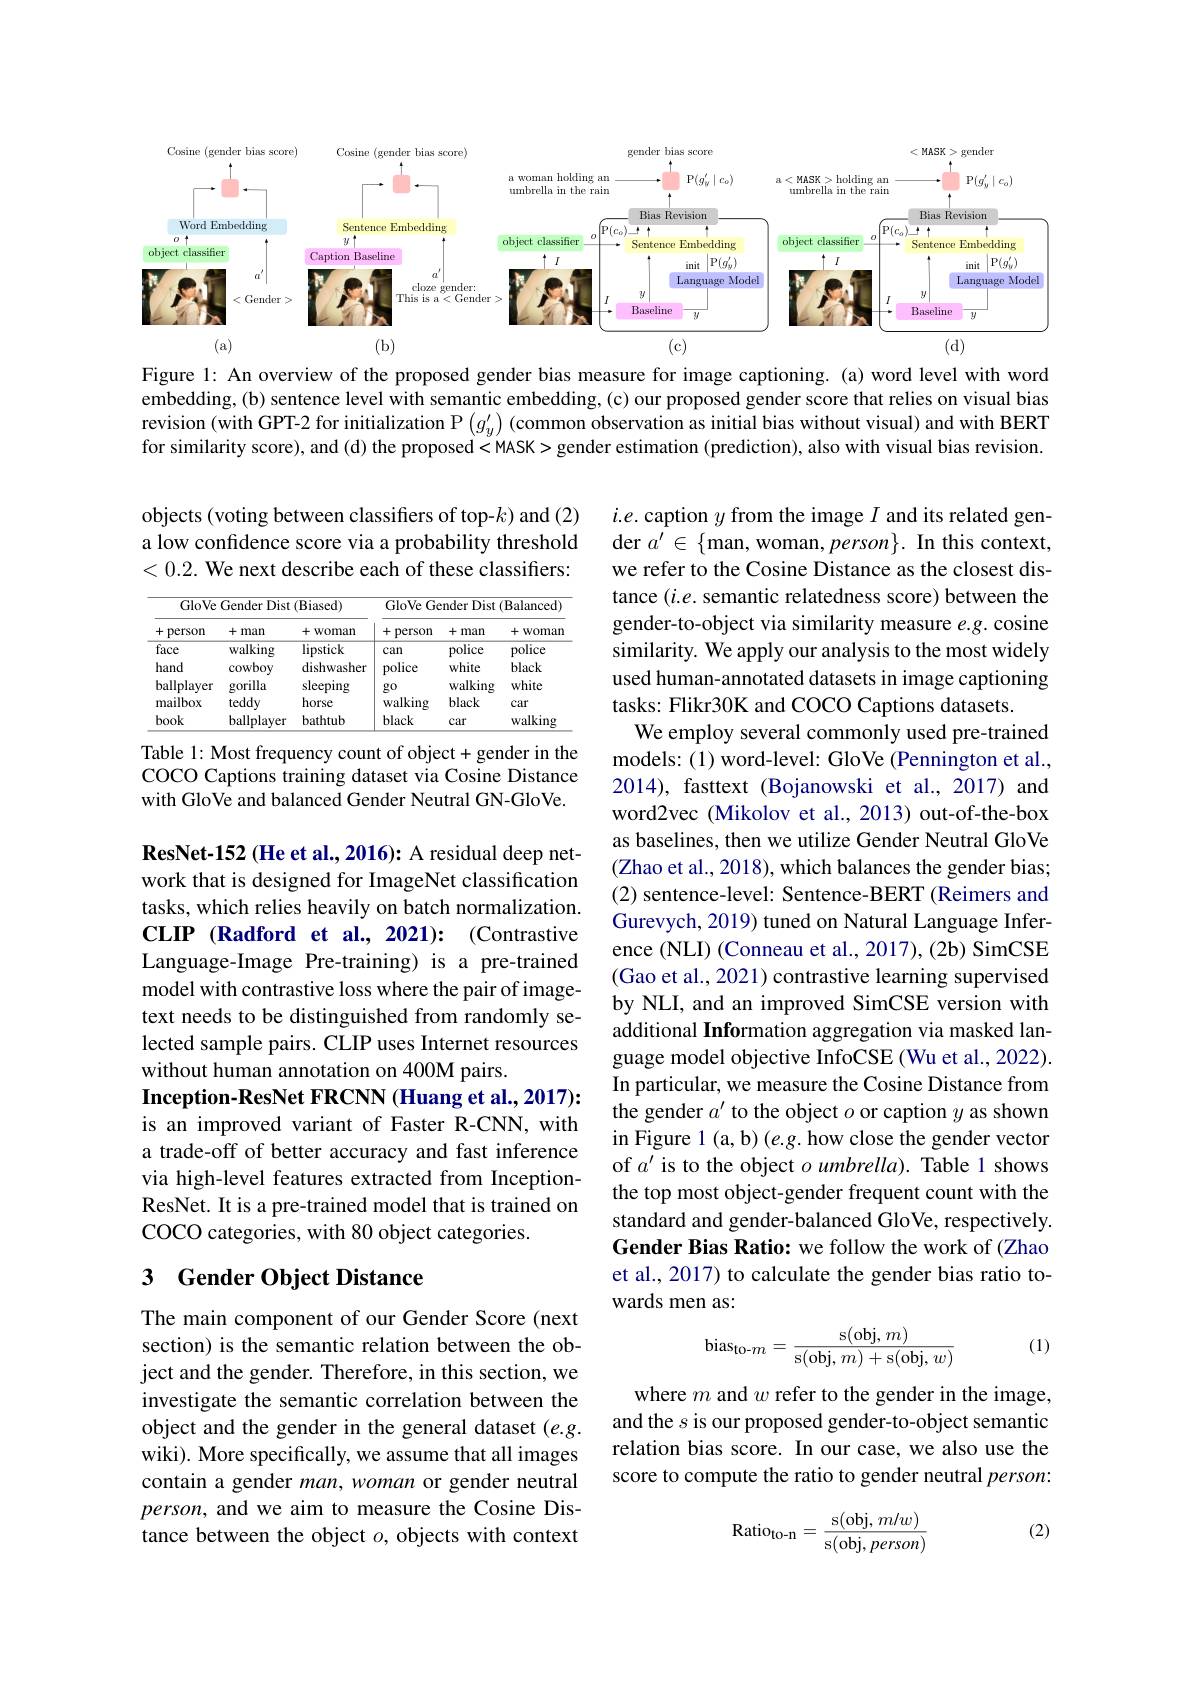
<FigureHere>

Figure 1: An overview of the proposed gender bias measure for image captioning. (a) word level with word embedding, (b) sentence level with semantic embedding, (c) our proposed gender score that relies on visual bias revision (with GPT-2 for initialization $\mathcal{P} \left ( g_y^{\prime }\right ) \left ( \text{common observation as initial bias without visual) and with BERT}\right )$ for similarity score), and (d) the proposed < MASK> gender estimation (prediction), also with visual bias revision.

objects (voting between classifiers of top-k) and (2) a low confidence score via a probability threshold <0.2. We next describe each of these classifiers:

<table>
	<tbody>
		<tr>
			<th colspan="3">GloVe Gender Dist (Biased)</th>
			<th colspan="3">GloVe Gender Dist (Balanced)</th>
		</tr>
		<tr>
			<th>+ person</th>
			<th>+man</th>
			<th>十 Woman</th>
			<th>+ person</th>
			<th>+man</th>
			<th>+ Woman</th>
		</tr>
		<tr>
			<td>face</td>
			<td>walking</td>
			<td>lipstick</td>
			<td>can</td>
			<td>police</td>
			<td>police</td>
		</tr>
		<tr>
			<td>ballplayer mailbox</td>
			<td>gorilla teddy</td>
			<td>sleeping horse</td>
			<td>$g0$ walking</td>
			<td>walking black</td>
			<td>white car</td>
		</tr>
		<tr>
			<td>book</td>
			<td>ballplayer</td>
			<td>bathtub</td>
			<td>black</td>
			<td>car</td>
			<td>walking</td>
		</tr>
	</tbody>
</table>

Table 1: Most frequency count of object+ gender in the COCO Captions training dataset via Cosine Distance with GloVe and balanced Gender Neutral GN-GloVe.

$i.e.$ caption $y$ from the image $I$ and its related gen- $\operatorname{der}a^{\prime}\in\{$man, woman, person$\}.$ In this context, we refer to the Cosine Distance as the closest distance $(i.e.$ semantic relatedness score) between the gender-to-object via similarity measure $e.g.$ cosine similarity. We apply our analysis to the most widely used human-annotated datasets in image captioning tasks: Flikr30K and COCO Captions datasets.
We employ several commonly used pre-trained models: (1) word-level: GloVe (Pennington et al., 2014), fasttext (Bojanowski et al.,2017) and word2vec (Mikolov et al., 2013) out-of-the-box as baselines, then we utilize Gender Neutral GloVe (Zhao et al., 2018), which balances the gender bias; (2) sentence-level: Sentence-BERT (Reimers and Gurevych, 2019) tuned on Natural Language Inference (NLI) (Conneau et al., 2017), (2b) SimCSE (Gao et al., 2021) contrastive learning supervised by NLI, and an improved SimCSE version with additional Information aggregation via masked language model objective InfoCSE (Wu et al., 2022). In particular, we measure the Cosine Distance from the gender $a^\prime$ to the object $o$ or caption $y$ as shown in Figure 1 (a,b) (e.g. how close the gender vector of $a^\prime$ is to the object $o$ umbrella). Table 1 shows the top most object-gender frequent count with the standard and gender-balanced GloVe, respectively. Gender Bias Ratio: we follow the work of (Zhao et al., 2017) to calculate the gender bias ratio towards men as:

ResNet-152 (He et al.,2016): A residual deep network that is designed for ImageNet classification tasks, which relies heavily on batch normalization. CLIP (Radford et al., 2021): (Contrastive Language-Image Pre-training) is a pre-trained model with contrastive loss where the pair of imagetext needs to be distinguished from randomly selected sample pairs. CLIP uses Internet resources without human annotation on 400M pairs.
Inception-ResNet FRCNN (Huang et al., 2017): is an improved variant of Faster R-CNN, with a trade-off of better accuracy and fast inference via high-level features extracted from InceptionResNet. It is a pre-trained model that is trained on COCO categories, with 80 object categories.

## 3 Gender Object Distance
$$\mathrm{bias}_{\text{to-}m}=\frac{\mathrm{s}(\mathrm{obj},m)}{\mathrm{s}(\mathrm{obj},m)+\mathrm{s}(\mathrm{obj},w)}$$
(1)

The main component of our Gender Score (next section) is the semantic relation between the object and the gender. Therefore, in this section, we investigate the semantic correlation between the object and the gender in the general dataset $(e.g.$ wiki). More specifically, we assume that all images contain a gender man, woman or gender neutral person, and we aim to measure the Cosine Distance between the object $o$, objects with context

where $m$ and $w$ refer to the gender in the image, and the $s$ is our proposed gender-to-object semantic relation bias score. In our case, we also use the score to compute the ratio to gender neutral $person:$

(2)
$$\mathrm{Ratio}_{\mathrm{to-n}}=\frac{\mathrm{s}(\mathrm{obj},\:m/w)}{\mathrm{s}(\mathrm{obj},\:person)}$$